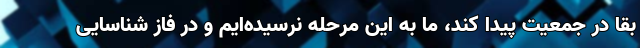
بقا در جمعیت پیدا کند، ما به این مرحله نرسیده‌ایم و در فاز شناسایی